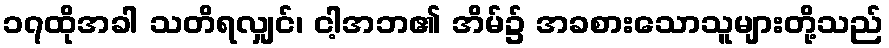
၁၇ထိုအခါ သတိရလျှင်၊ ငါ့အဘ၏ အိမ်၌ အခစားသောသူများတို့သည်